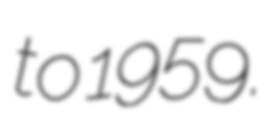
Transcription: to 1959.